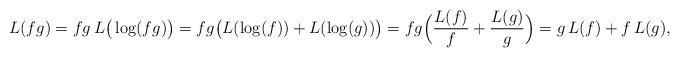
LaTeX: \begin{align*}L(fg)&=fg\, L\big(\log(fg)\big)=fg\big(L(\log(f))+L(\log(g))\big)=fg\Big(\frac{L(f)}{f}+\frac{L(g)}{g}\Big)=g\,L(f)+f\,L(g),\end{align*}